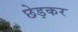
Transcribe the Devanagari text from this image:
छेड़कर